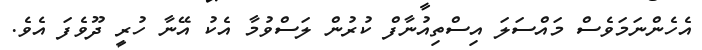
އެހެންނަމަވެސް މައްސަލަ އިސްތިއުނާފް ކުރުން ލަސްވުމާ އެކު އޭނާ ހުރީ ދޫވެފަ އެވެ.